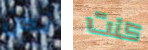
نحن كنت